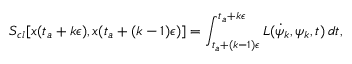
S _ { c l } [ x ( t _ { a } + k \epsilon ) , x ( t _ { a } + ( k - 1 ) \epsilon ) ] = \int _ { t _ { a } + ( k - 1 ) \epsilon } ^ { t _ { a } + k \epsilon } { \cal { L } } ( \dot { \psi } _ { k } , \psi _ { k } , t ) \, d t ,